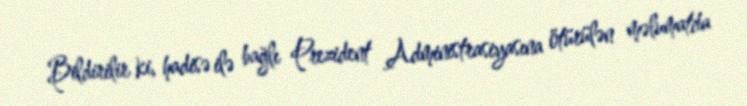
Bildirilir ki, hadisə ilə bağlı Prezident Administrasiyasına ötürülən məlumatda